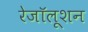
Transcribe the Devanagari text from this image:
रेजॉलूशन